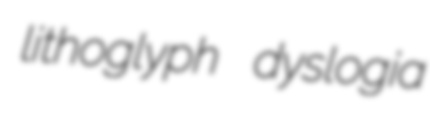
lithoglyph dyslogia